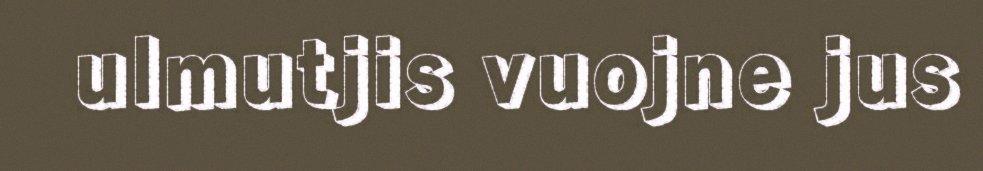
ulmutjis vuojne jus